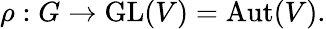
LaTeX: \rho:G\to{\mathrm{GL}}(V)={\mathrm{Aut}}(V).